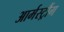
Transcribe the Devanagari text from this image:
आर्मस्ट्रौंग